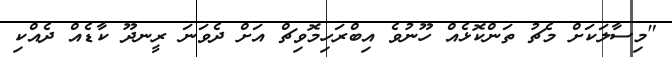
"މިސާލަކަށް މެޗު ތަންކޮޅެއް ހޫނުވެ އިބްރަހިމޮވިޗް އަށް ދެވަނަ ރީނދޫ ކާޑެއް ދެއްކި